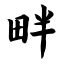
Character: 畔